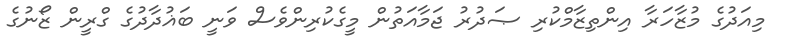
މިއަދުގެ މުޒާހަރާ އިންތިޒާމްކުރި ޞަދުރު ޖަމާއަތުން މީގެކުރިންވެސް ވަނީ ބަޣުދާދުގެ ގްރީން ޒޯނުގެ